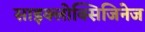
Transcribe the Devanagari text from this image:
साइक्लोक्सिजिनेज